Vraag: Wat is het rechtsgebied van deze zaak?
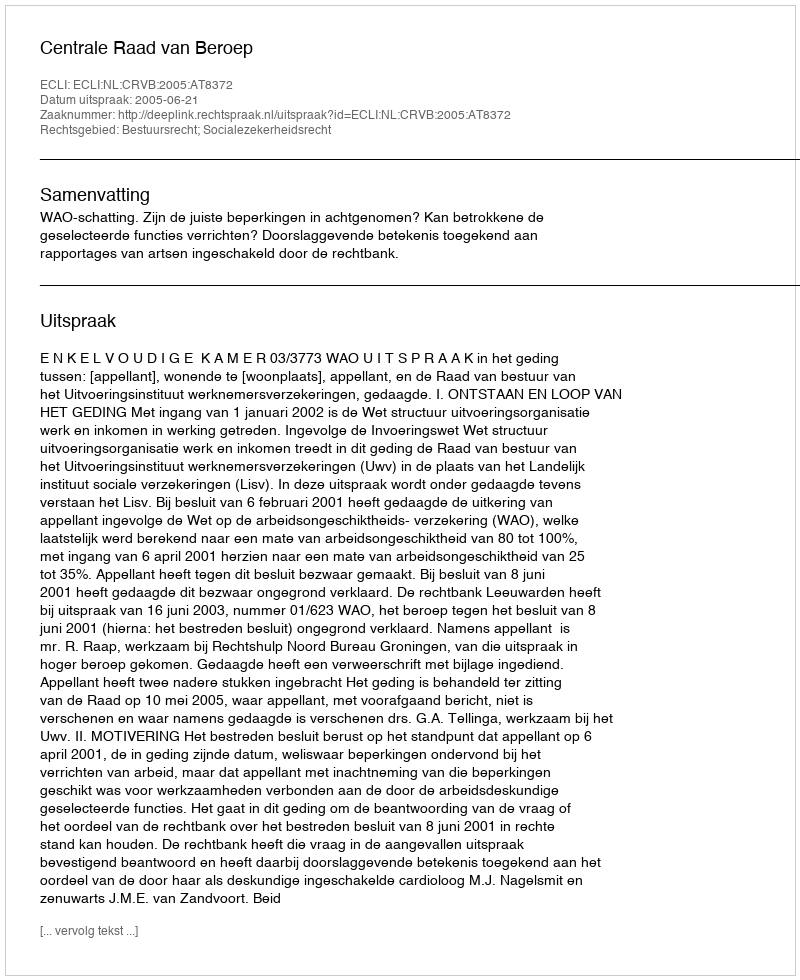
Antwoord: Bestuursrecht; Socialezekerheidsrecht